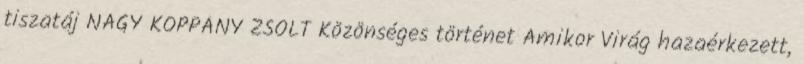
tiszatáj NAGY KOPPÁNY ZSOLT Közönséges történet Amikor Virág hazaérkezett,